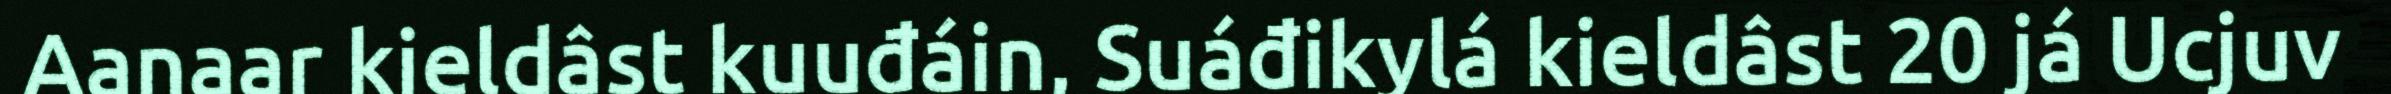
Aanaar kieldâst kuuđáin, Suáđikylá kieldâst 20 já Ucjuv